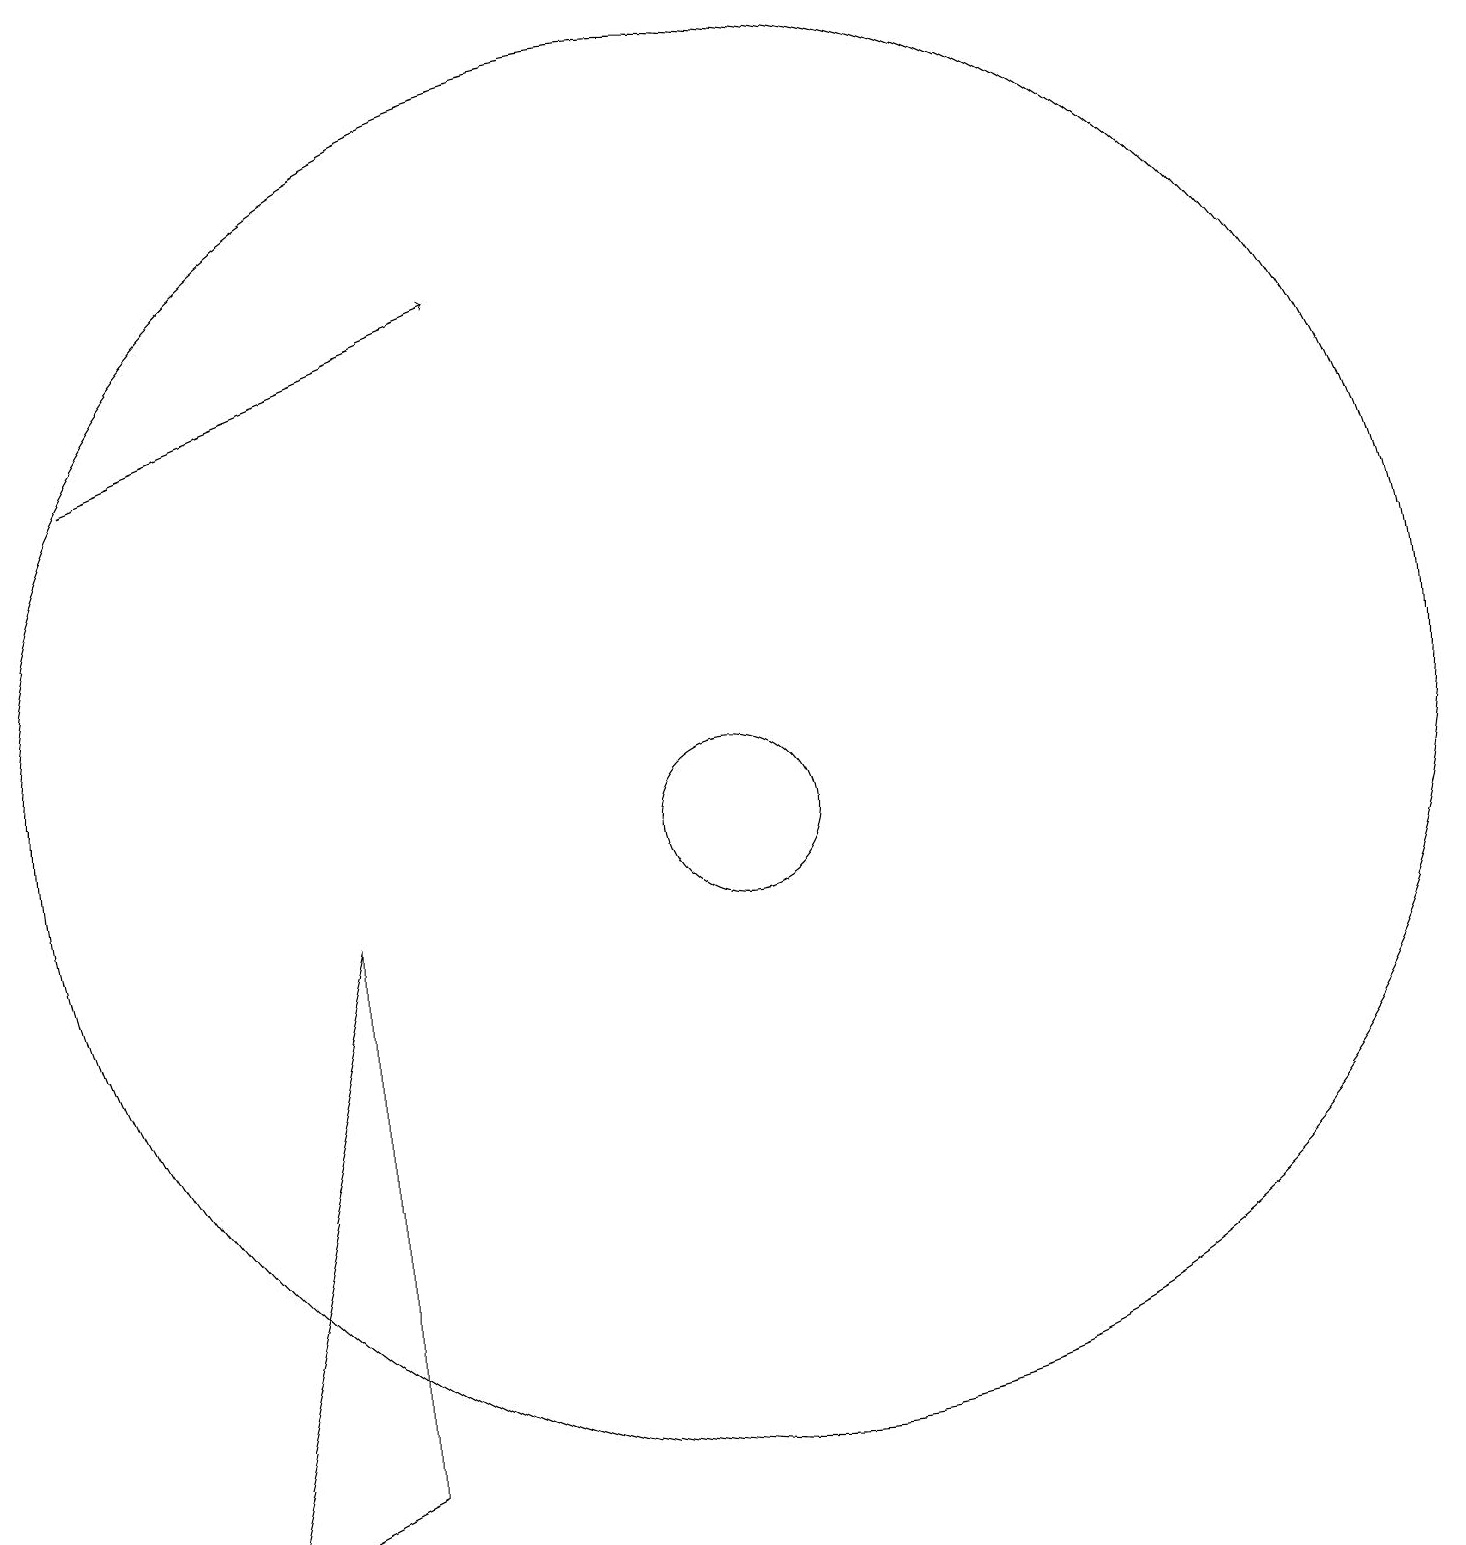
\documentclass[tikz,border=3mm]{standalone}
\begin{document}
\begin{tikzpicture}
\draw (10,10) circle (1);
\draw (10,11) circle (9);
\draw[->] (2,15) -- (7,17);
\draw (5,9) -- (3,1) -- (5,2) -- cycle;
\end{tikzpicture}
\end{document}